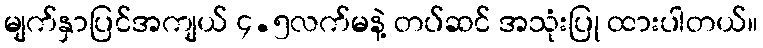
မျက်နှာပြင်အကျယ် ၄.၅လက်မနဲ့ တပ်ဆင် အသုံးပြု ထားပါတယ်။